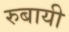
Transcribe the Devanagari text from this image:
रुबायी